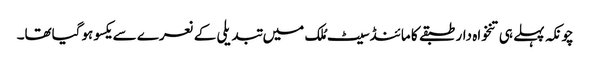
چونکہ پہلے ہی تنخواہ دار طبقے کا مائنڈسیٹ مُلک میں تبدیلی کے نعرے سے یکسو ہوگیاتھا۔